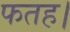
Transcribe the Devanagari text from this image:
फतह।